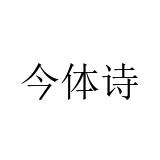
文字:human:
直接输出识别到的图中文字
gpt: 今体诗